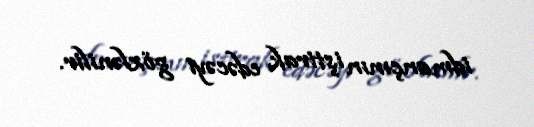
idmançının iştirak edəcəyi gözlənilir.